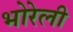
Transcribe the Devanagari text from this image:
भोरेली